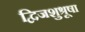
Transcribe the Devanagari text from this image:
द्विजशुश्रूषा